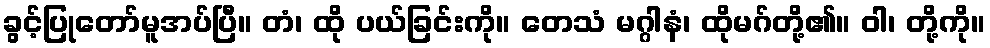
ခွင့်ပြုတော်မူအပ်ပြီ။ တံ၊ ထို ပယ်ခြင်းကို။ တေသံ မဂ္ဂါနံ၊ ထိုမဂ်တို့၏။ ဝါ၊ တို့ကို။